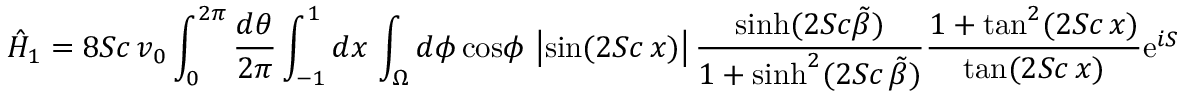
\hat { H } _ { 1 } = 8 S c \, v _ { 0 } \int _ { 0 } ^ { 2 \pi } { \frac { d \theta } { 2 \pi } } \int _ { - 1 } ^ { 1 } d x \, \int _ { \Omega } d \phi \, \mathrm { c o s } \phi \, \left| \mathrm { s i n } ( 2 S c \, x ) \right| { \frac { \mathrm { s i n h } ( 2 S c \tilde { \beta } ) } { 1 + \mathrm { s i n h } ^ { 2 } ( 2 S c \, \tilde { \beta } ) } } { \frac { 1 + \mathrm { t a n } ^ { 2 } ( 2 S c \, x ) } { \mathrm { t a n } ( 2 S c \, x ) } } \mathrm { e } ^ { i S }